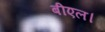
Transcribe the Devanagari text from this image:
बीएल।